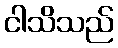
ငါသိသည်